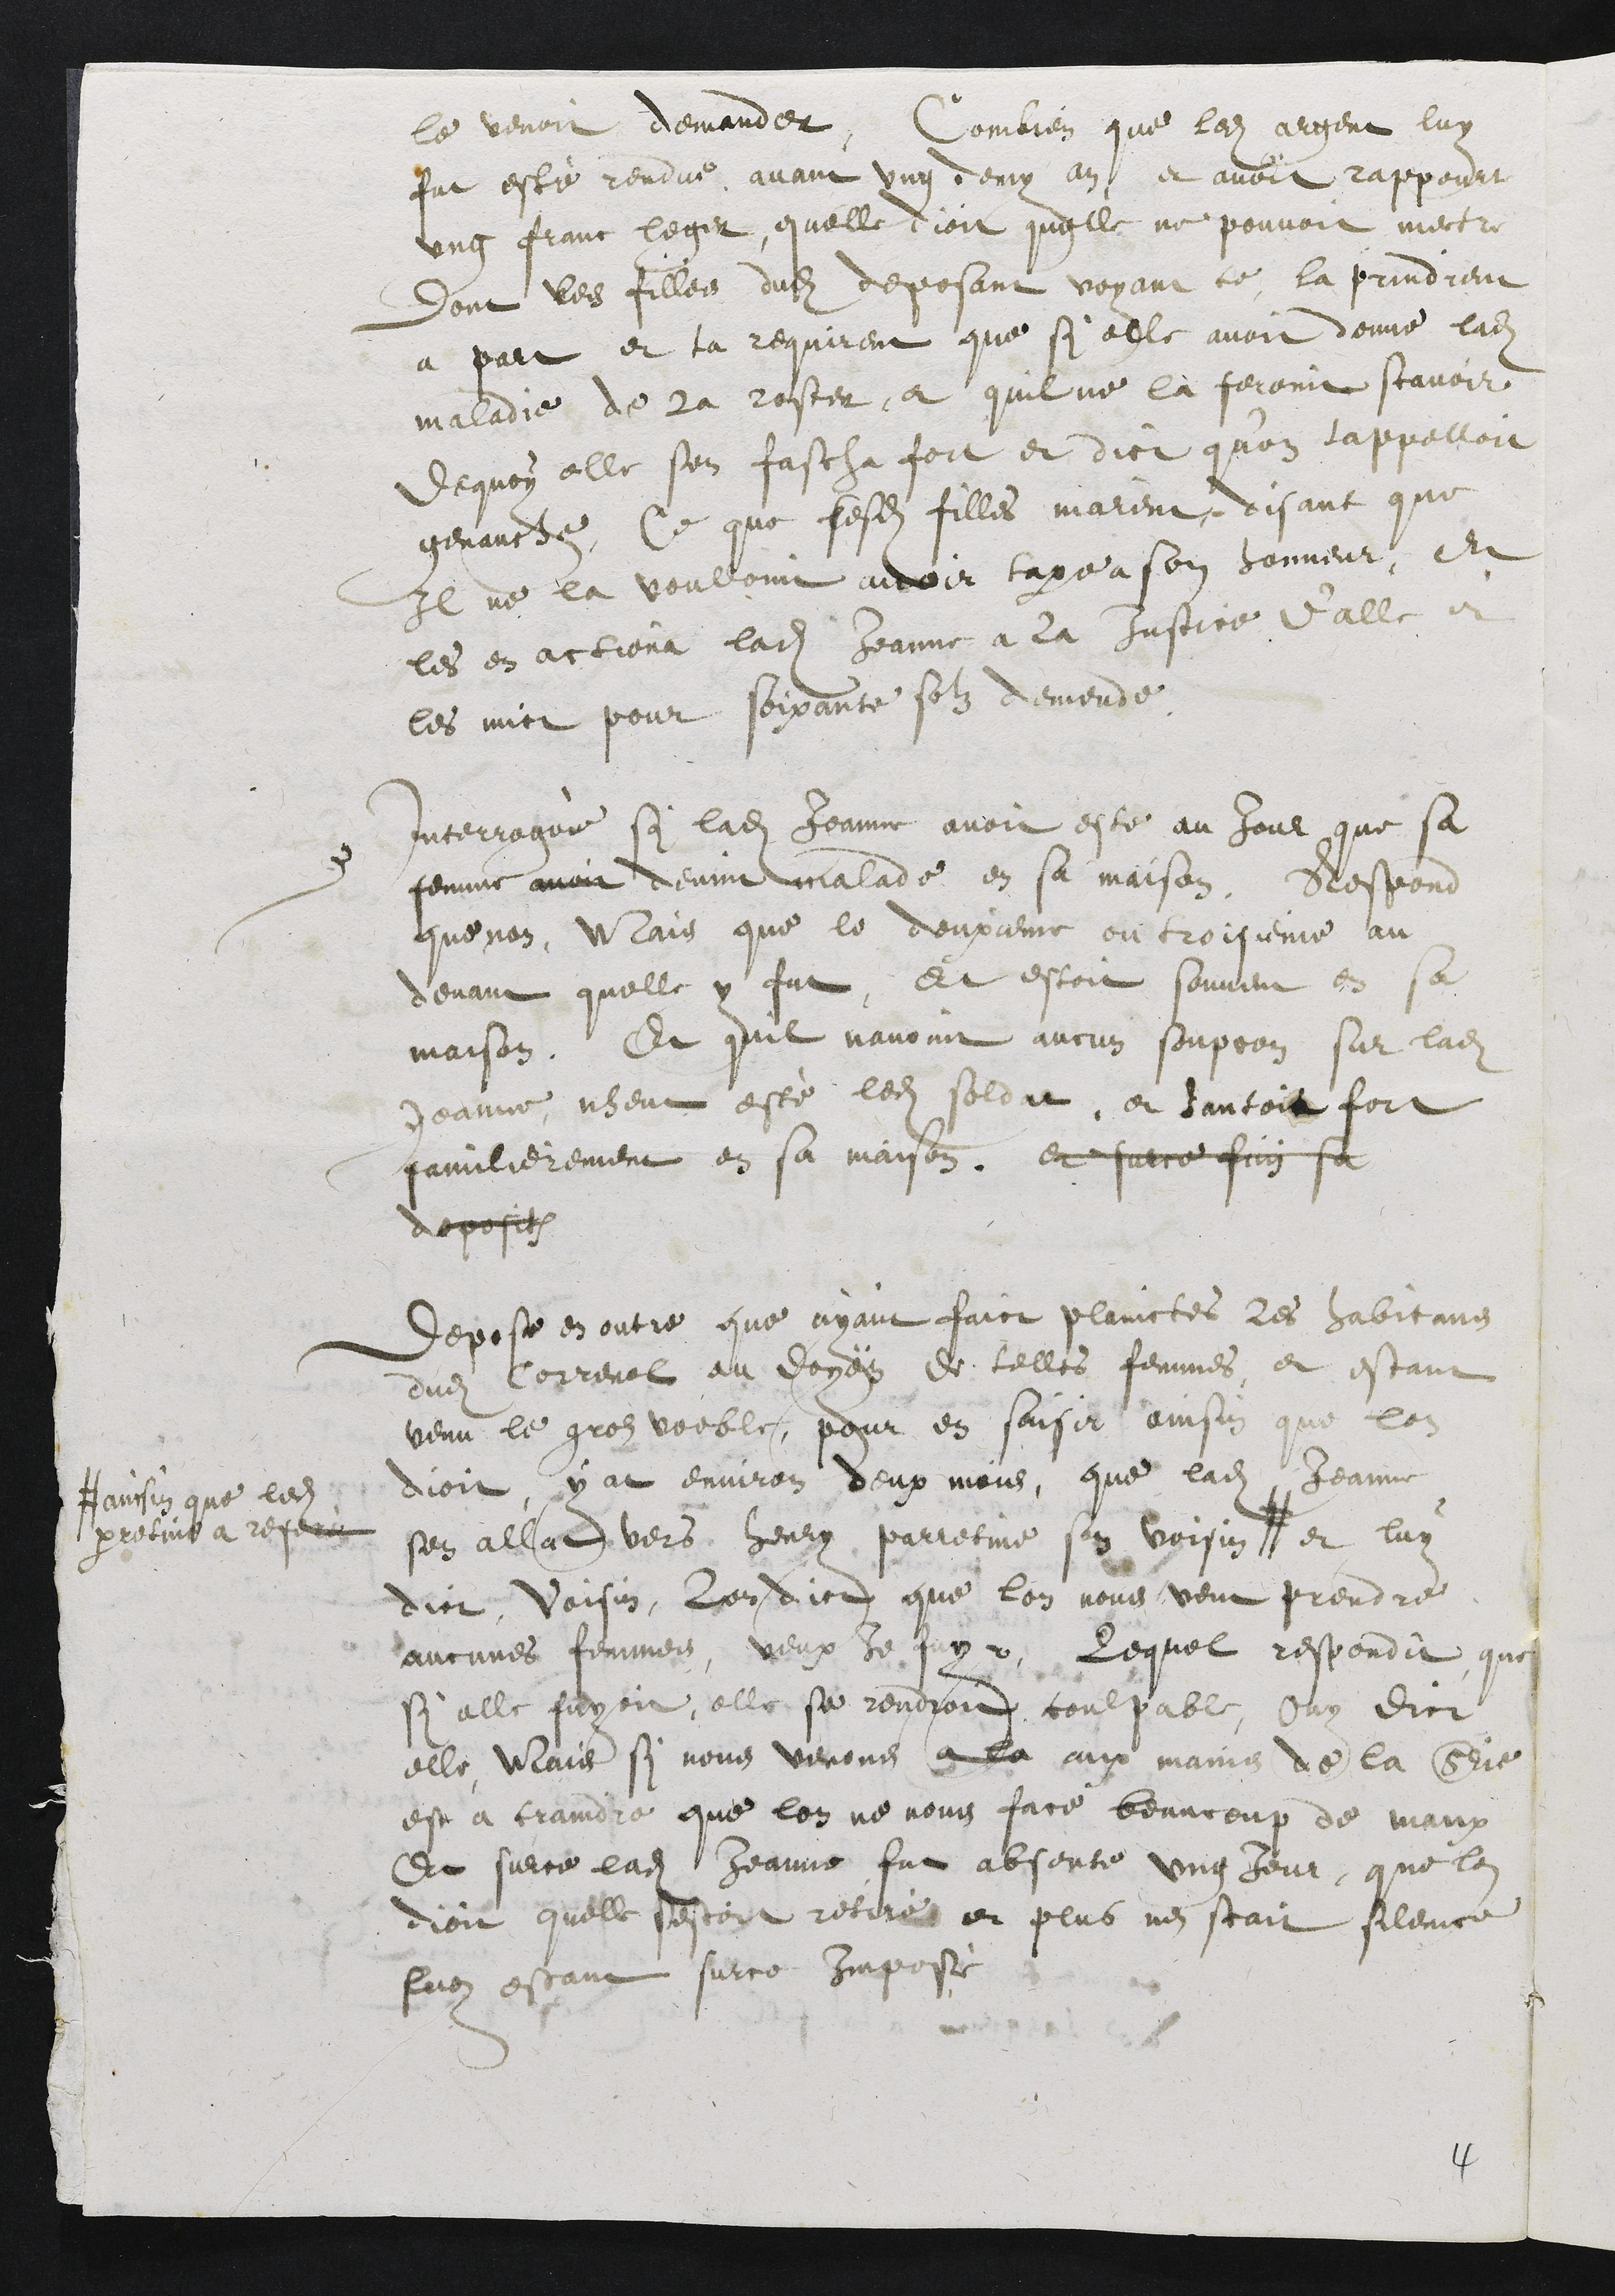
le venoit demander, Combien que ledit argent luy
fut esté rendue avant ung demy an et avoit rappourt
ung franc leger, quelle dioit quelle ne pouvoit mectre
dont les filles dudit deposant voyant ce, la prindrent
a part et la requirent que si elle avoit donne ladite
maladie de la roster, et quil ne la feroint scavoir
dequoy elle sen fascha fort et dict quon l’appelloit
genauche, Ce que sesdites filles niarent, disant que
Il ne la voulloint avoir taxe a son honneur, Et
les en actiona ladite Jeanne a la Justice d'Alle et
les mict pour soixante solz demende.
Interrogue si ladite Jeanne avoit este au jour que sa
femme avoir devint malade en sa maison, Respond
que non, Mais que le deuxieme ou troisieme au
devant quelle y fut Et estoit souvent en sa
maison, Et quil navoint aucun soupcon sur ladite
Jeanne nheut esté ledit soldat, et hantoit fort
familierement en sa maison, et surce fini sa
deposit
depose en outre que ayant faict plainctes les habitans
dudit Correnol au doyen de telle femmes et estant
venu le gros voeble, pour en saisir ainsin que lon
dioit, y at environ deux mois, que ladite Jeanne
sen allat vers Henry parretine son voisin #
# ainsin que ledit
parretine a referé
et luy
dict, Voisin, lon dict que lon nous veut prendre
aucunes femmes, veux Je fuyr, Lequel respondit que
si elle fuyoit, elle se rendroit coulpable, Ouy dict
elle Mais si nous venons a la aux mains de la Srie
est a craindre que lon ne nous face beaucoup de maux
Et sur ce ladite Jeanne fut absente ung jour que lon
dioit quelle sestoit retiré et plus nen scait silence
luy  estant sur ce imposé

4